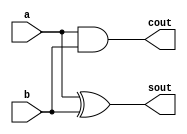
`timescale 1ns / 1ps
//////////////////////////////////////////////////////////////////////////////////
// Company: 
// Engineer: 
// 
// Design Name: 
// Module Name: multiply4bits
// Project Name: 
// Target Devices: 
// Tool Versions: 
// Description: 
// 
// Dependencies: 
// 
// Revision:
// Revision 0.01 - File Created
// Additional Comments:
// 
//////////////////////////////////////////////////////////////////////////////////


module HA(sout,cout,a,b);
output sout,cout;
input a,b;
assign sout=a^b;
assign cout=(a&b);
endmodule

module FA(sout,cout,a,b,cin);
output sout,cout;
input a,b,cin;
assign sout=(a^b^cin);
assign cout=((a&b)|(a&cin)|(b&cin));
endmodule


module multiply4bits(product,inp1,inp2);
output [7:0]product;
input [3:0]inp1;
input [3:0]inp2;
assign product[0]=(inp1[0]&inp2[0]);
wire x1,x2,x3,x4,x5,x6,x7,x8,x9,x10,x11,x12,x13,x14,x15,x16,x17;
HA HA1(product[1],x1,(inp1[1]&inp2[0]),(inp1[0]&inp2[1]));
FA FA1(x2,x3,inp1[1]&inp2[1],(inp1[0]&inp2[2]),x1);
FA FA2(x4,x5,(inp1[1]&inp2[2]),(inp1[0]&inp2[3]),x3);
HA HA2(x6,x7,(inp1[1]&inp2[3]),x5);
HA HA3(product[2],x15,x2,(inp1[2]&inp2[0]));
FA FA5(x14,x16,x4,(inp1[2]&inp2[1]),x15);
FA FA4(x13,x17,x6,(inp1[2]&inp2[2]),x16);
FA FA3(x9,x8,x7,(inp1[2]&inp2[3]),x17);
HA HA4(product[3],x12,x14,(inp1[3]&inp2[0]));
FA FA8(product[4],x11,x13,(inp1[3]&inp2[1]),x12);
FA FA7(product[5],x10,x9,(inp1[3]&inp2[2]),x11);
FA FA6(product[6],product[7],x8,(inp1[3]&inp2[3]),x10);
endmodule